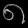
Digit: ၈